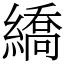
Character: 繑